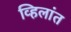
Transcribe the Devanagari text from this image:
व्हिलांत